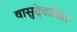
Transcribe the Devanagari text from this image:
वासुदेवाजित